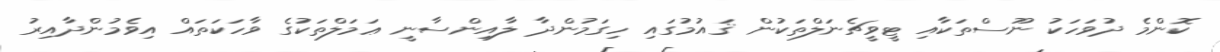
ކޮންމެ ދުވަހަކު ނޫސްތަކާއި ޓީވީޗެނަލްތަކުން ޤައުމުގައި ހިގަމުންދާ ލާއިންސާނީ ޢަމަލްތަކުގެ ވާހަކަތައް އިވެމުންދާއިރު